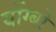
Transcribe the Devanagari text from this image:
योंग्बो